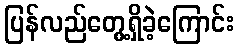
ပြန်လည်တွေ့ရှိခဲ့ကြောင်း